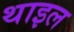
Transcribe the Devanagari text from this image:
थाइल